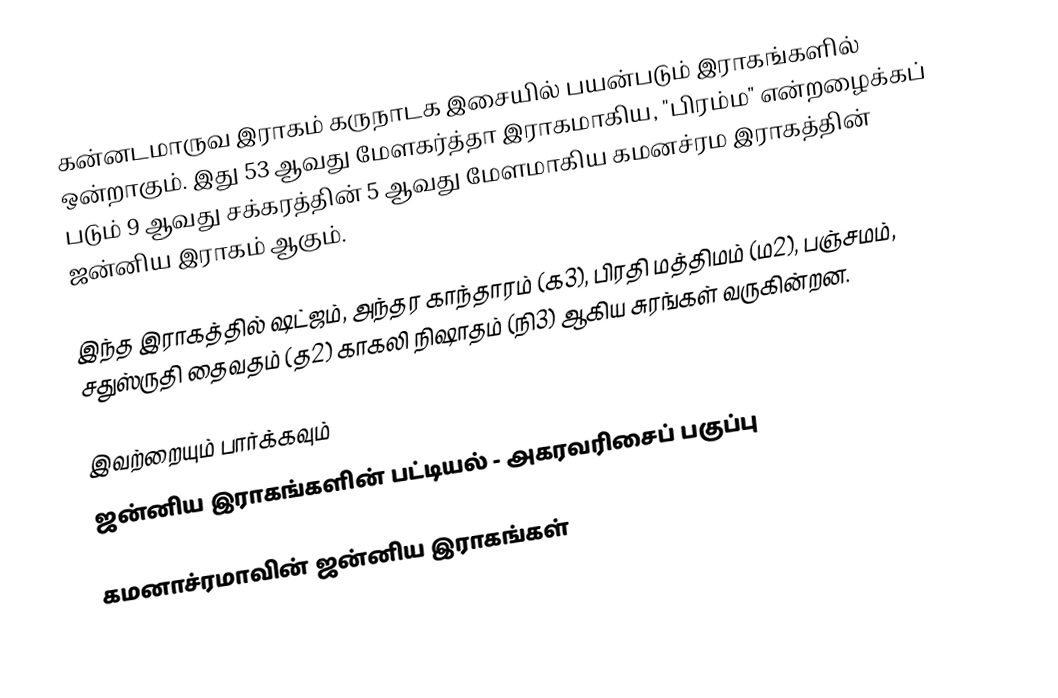
கன்னடமாருவ இராகம் கருநாடக இசையில் பயன்படும் இராகங்களில் ஒன்றாகும். இது 53 ஆவது மேளகர்த்தா இராகமாகிய, "பிரம்ம" என்றழைக்கப் படும் 9 ஆவது சக்கரத்தின் 5 ஆவது மேளமாகிய கமனச்ரம இராகத்தின் ஜன்னிய இராகம் ஆகும்.

இந்த இராகத்தில் ஷட்ஜம், அந்தர காந்தாரம் (க3), பிரதி மத்திமம் (ம2), பஞ்சமம்,  சதுஸ்ருதி தைவதம் (த2) காகலி நிஷாதம்  (நி3) ஆகிய சுரங்கள் வருகின்றன.

இவற்றையும் பார்க்கவும்
 ஜன்னிய இராகங்களின் பட்டியல் - அகரவரிசைப் பகுப்பு

கமனாச்ரமாவின் ஜன்னிய இராகங்கள்